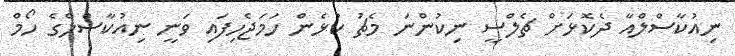
ނިއުކާސްލްއާ ދެކޮޅަށް ޗެލްސީ ނިކުންނަ މެޗު ކުޅެން ހަމަޖެހިފައި ވަނީ ނިއުކާސްލްގެ ހޯމް